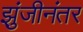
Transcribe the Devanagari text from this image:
झुंजीनंतर